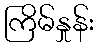
ကြိမ်နှုန်း